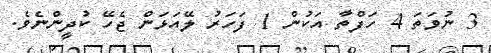
3 ނުވަތަ 4 ހަފްތާ އަކުން 1 ފަހަރު ލޭއަޅަން ޖެހޭ ކުދީންނެވެ.